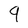
Character: 9